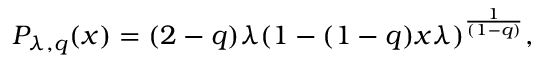
P _ { \lambda , q } ( x ) = ( 2 - q ) \lambda ( 1 - ( 1 - q ) x \lambda ) ^ { \frac { 1 } { ( 1 - q ) } } ,